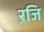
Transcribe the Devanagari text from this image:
ऱजि